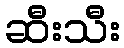
ဆီးသီး